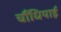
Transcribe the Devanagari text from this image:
चौंधियाई